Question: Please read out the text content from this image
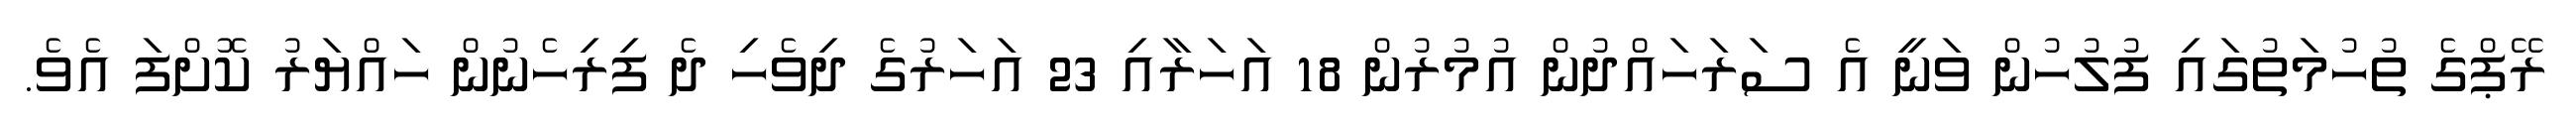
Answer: ރޭޕްގެ ތުހުމަތުގައި ފުލުހުން ވަނީ އެ ސަރަހައްދުން އުމުރުން 18 އަހަރާއި 23 އަހަރުގެ ދިވެހި ދެ ފިރިހެނުން ހައްޔަރު ކޮށްފަ އެވެ.